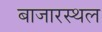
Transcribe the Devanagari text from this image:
बाजारस्थल